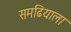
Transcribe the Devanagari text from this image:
समढियाला